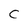
Character: C